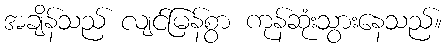
အချိန်သည် လျင်မြန်စွာ ကုန်ဆုံးသွားနေသည်။